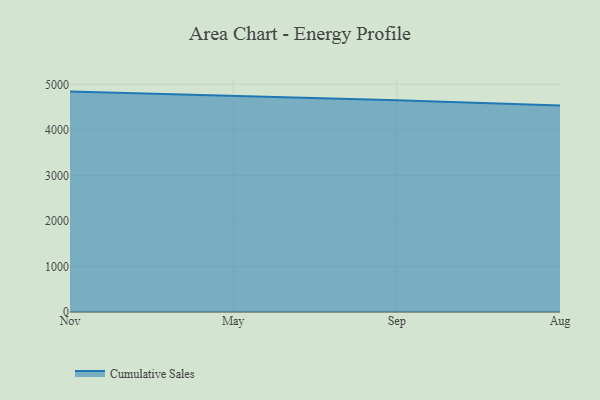
{"axis": {"x": "Month", "y": "Latency (ms)"}, "legend": ["Cumulative Sales"], "data": [{"x": "Nov", "y": 4839.8, "type": "Cumulative Sales"}, {"x": "May", "y": 4750.1, "type": "Cumulative Sales"}, {"x": "Sep", "y": 4648.4, "type": "Cumulative Sales"}, {"x": "Aug", "y": 4534.4, "type": "Cumulative Sales"}]}